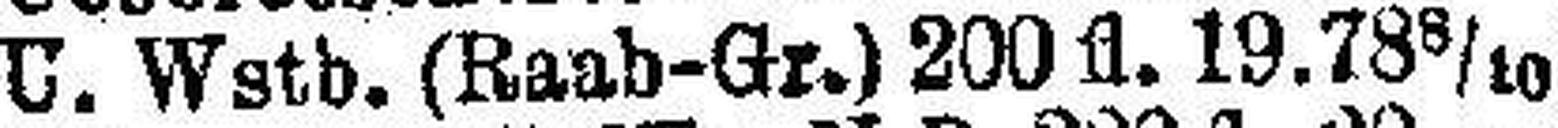
U. Wstb. (Raab-Gr.) 200 fl. 19.78 8/10